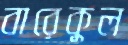
বারেকুল